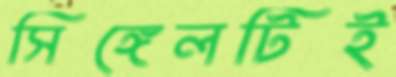
সিঙ্গেলটিই